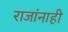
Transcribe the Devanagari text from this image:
राजांनाही